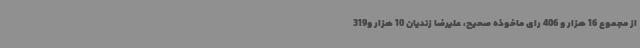
از مجموع 16 هزار و 406 رای ماخوذه صحیح، علیرضا زندیان 10 هزار و319